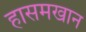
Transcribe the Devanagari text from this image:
हासमखान